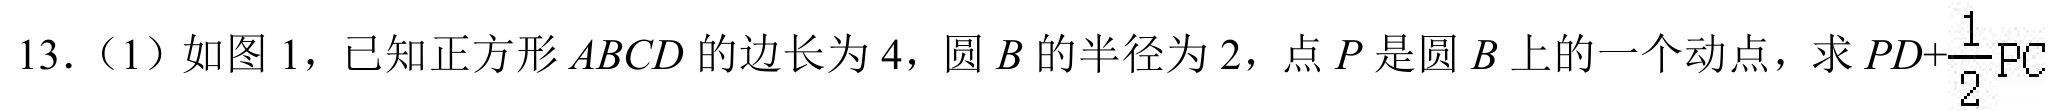
13.（1）如图1，已知正方形\(ABCD\)的边长为\(4\)，圆\(B\)的半径为\(2\)，点\(P\)是圆\(B\)上的一个动点，求\(PD + \frac{1}{2}PC\)